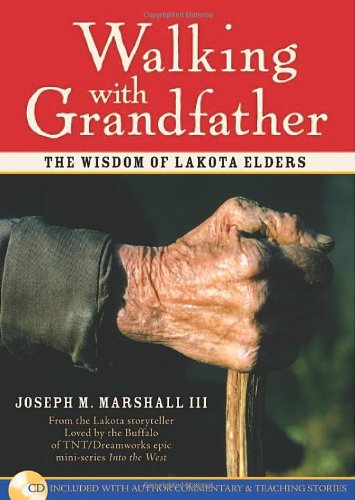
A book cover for Walking with Grandfather: The Wisdom of Lakota Elders; Joseph M. Marshall III; Literature & Fiction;